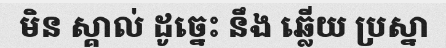
មិន ស្គាល់ ដូច្នេះ នឹង ឆ្លើយ ប្រស្នា